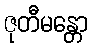
ဇုတီမန္တော